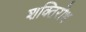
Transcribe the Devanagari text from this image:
शक्तिरोध